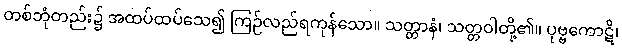
တစ်ဘုံတည်း၌ အထပ်ထပ်သေ၍ ကြဉ်လည်ရကုန်သော။ သတ္တာနံ၊ သတ္တဝါတို့၏။ ပုဗ္ဗကောဋိ၊